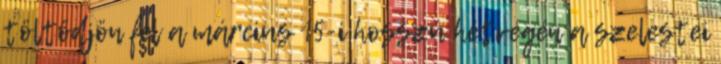
töltődjön fel a március 15-i hosszú hétvégén a szelestei